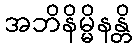
အဘိနိမ္မိနန္တိ